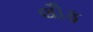
લૌફ